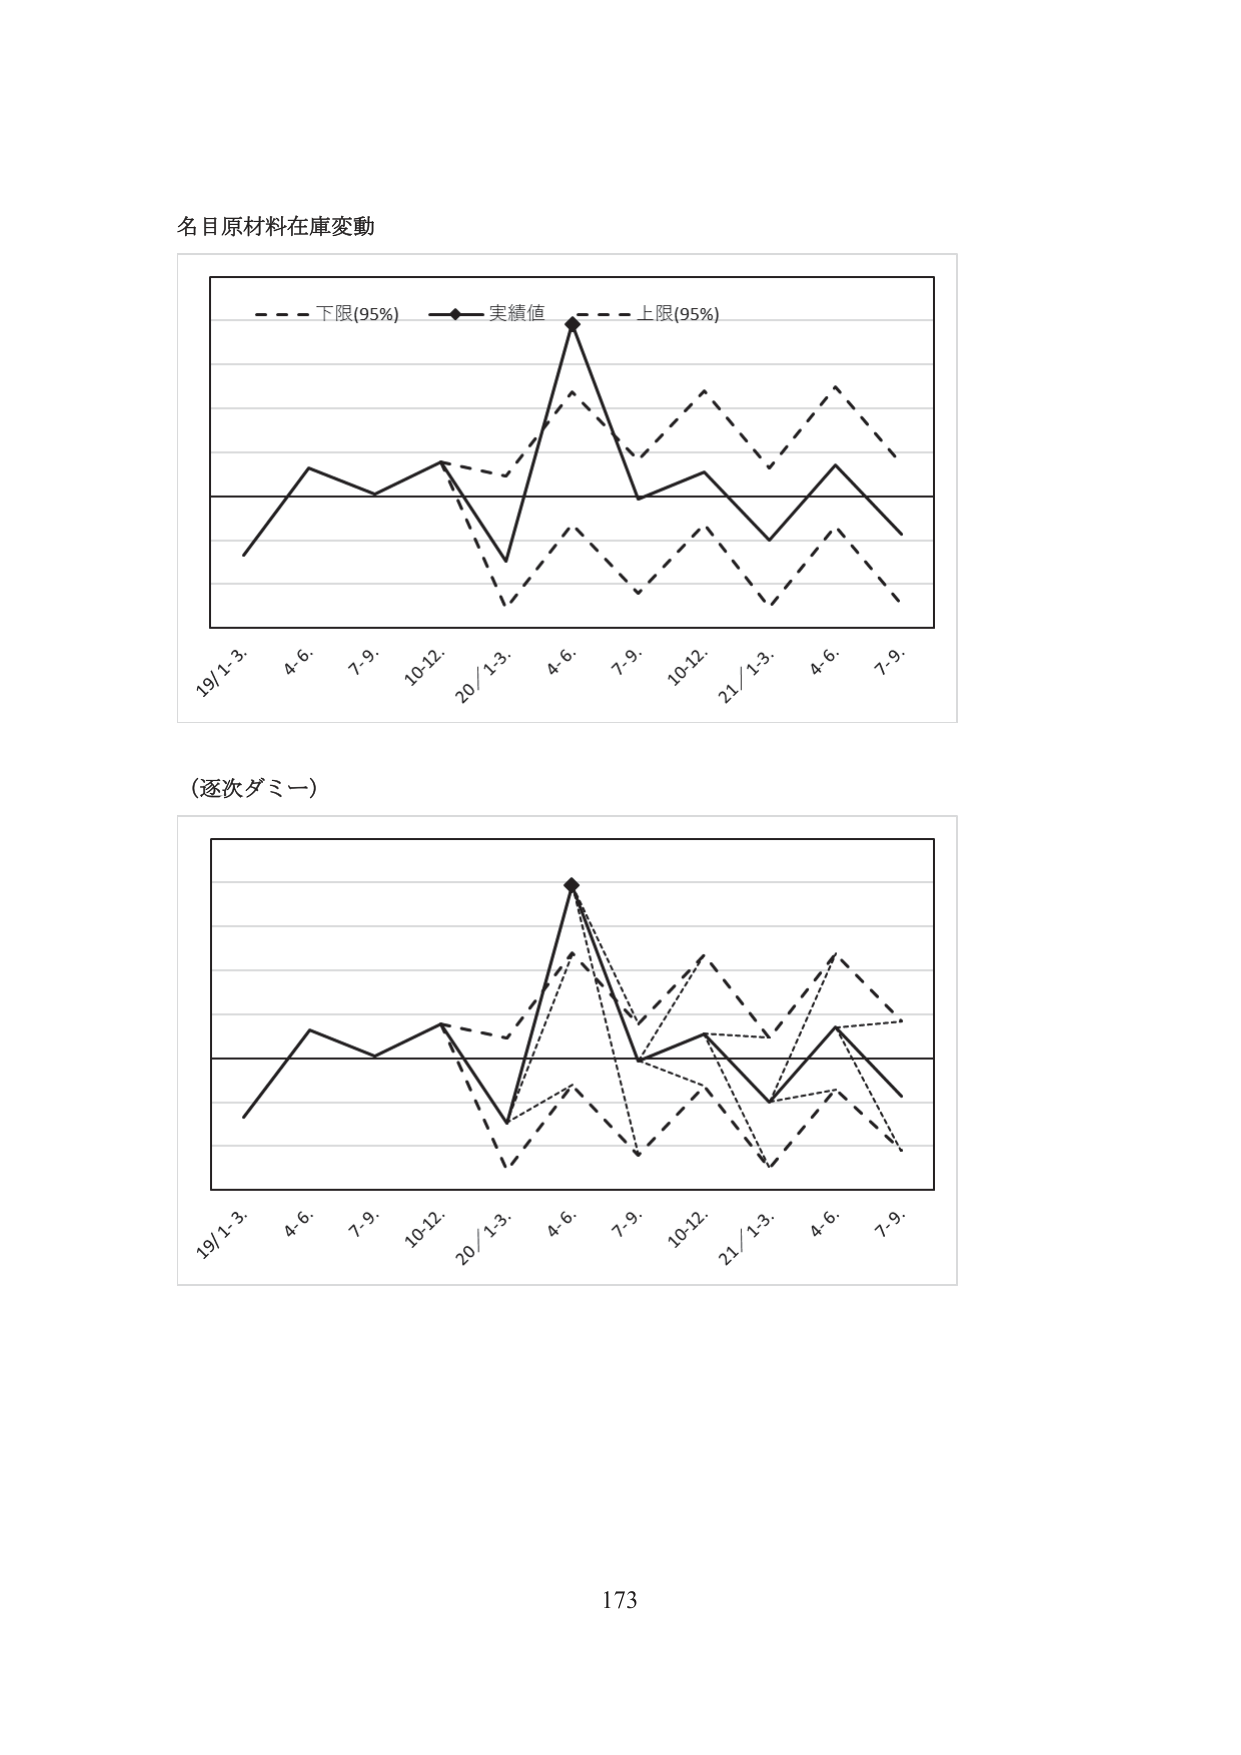
名目原材料在庫変動

- - - 下限(95%) —◆— 実績値 - - - 上限(95%)

19/1-3. 4-6. 7-9. 10-12. 20/1-3. 4-6. 7-9. 10-12. 21/1-3. 4-6. 7-9.

(逐次ダミー)

19/1-3. 4-6. 7-9. 10-12. 20/1-3. 4-6. 7-9. 10-12. 21/1-3. 4-6. 7-9.

173